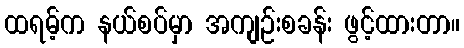
ထရမ့်က နယ်စပ်မှာ အကျဉ်းစခန်း ဖွင့်ထားတာ။